Scottish Leaving Certificate Examination, 1955
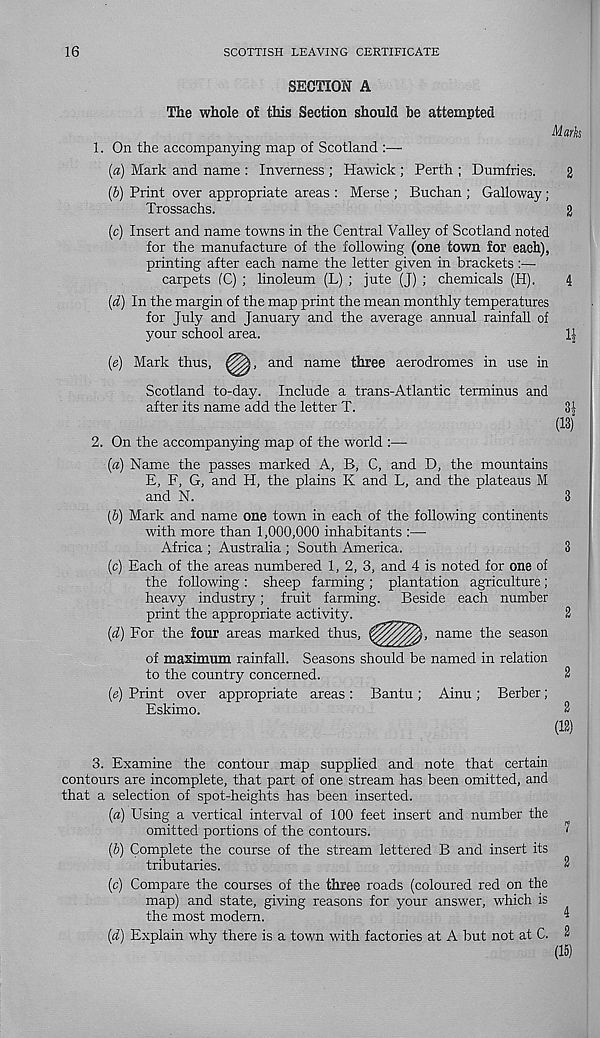
16
SCOTTISH LEAVING CERTIFICATE
SECTION A
The whole of this Section should be attempted
Marks
1.
On the accompanying map of Scotland :—
(a) Mark and name : Inverness ; Hawick ; Perth ; Dumfries.
2
(b) Print over appropriate areas : Merse ; Buchan ; Galloway ;
Trossachs.
2
(c) Insert and name towns in the Central Valley of Scotland noted
for the manufacture of the following (one town for each),
printing after each name the letter given in brackets:—•
carpets (C) ; linoleum (L) ; jute (J) ; chemicals (H).
4
(d) In the margin of the map print the mean monthly temperatures
for July and January and the average annual rainfall of
your school area.
(<?) Mark thus,
and name three aerodromes in use in
Scotland to-day. Include a trans-Atlantic terminus and
after its name add the letter T.
2.
On the accompanying map of the world :—
3£
(13)
(a) Name the passes marked A, B, C, and D, the mountains
E, F, G, and H, the plains K and L, and the plateaus M
and N.
3
(b) Mark and name one town in each of the following continents
with more than 1,000,000 inhabitants :—
Africa ; Austraha ; South America.
3
(c) Each of the areas numbered 1,2,3, and 4 is noted for one of
the following : sheep farming ; plantation agriculture ;
heavy industry; fruit farming. Beside each number
print the appropriate activity.
2
(d) For the four areas marked thus,
name the season
of maximum rainfall. Seasons should be named in relation
to the country concerned.
2
(e) Print over appropriate areas : Bantu ; Ainu ; Berber;
Eskimo.
2
(12)
3.
Examine the contour map supplied a
contours are incomplete, that part of one stream has been omitted, and
that a selection of spot-heights has been inserted.
(d) Using a vertical interval of 100 feet insert and number the
omitted portions of the contours.
''
(6) Complete the course of the stream lettered B and insert its
tributaries.
3
(c) Compare the courses of the three roads (coloured red on the
map) and state, giving reasons for your answer, which is
the most modern.
4
(d) Explain why there is a town with factories at A but not at C. 2
(15)